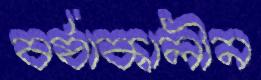
বর্ষাকালীন